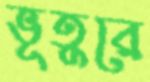
ভূতুরে